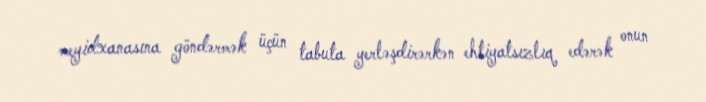
meyidxanasına göndərmək üçün tabuta yerləşdirərkən ehtiyatsızlıq edərək onun